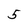
Character: 5